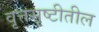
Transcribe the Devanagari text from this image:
वृत्तसृष्टीतील